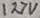
Text: 127V